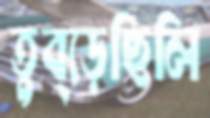
তুব্‌ড়েছিলি